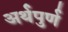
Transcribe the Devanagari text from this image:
अर्थपुर्ण